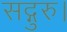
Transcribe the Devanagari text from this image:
सद्गुरु।